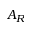
A _ { R }